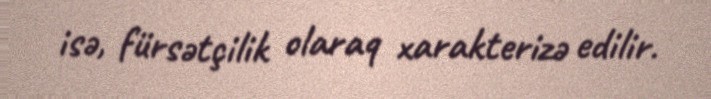
isə, fürsətçilik olaraq xarakterizə edilir.